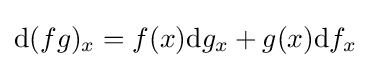
\mathrm {d} (fg)_{x}=f(x)\mathrm {d} g_{x}+g(x)\mathrm {d} f_{x}